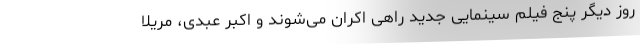
روز دیگر پنج فیلم سینمایی جدید راهی اکران می‌شوند و اکبر عبدی، مریلا